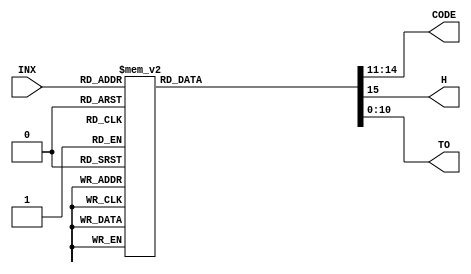
module f_code(
	input  		[3:0]		INX,
	
	output reg	[3:0] 	CODE,
	output reg				H,
	output reg  [10:0] 	TO
);

always @(INX)
begin
	case (INX)			//
		0	:	begin	
					TO	<=	11'H7FF;	
					CODE <= 0;
					H <= 0;
				end
		1	:	begin
					TO	<=	11'H305;	
					CODE <= 1;
					H <= 0;											
				end
		2	:	begin
					TO	<=	11'H390;	
					CODE <= 2;
					H <= 0;											
				end			
		3	:	begin
					TO	<=	11'H40C;	
					CODE <= 3;
					H <= 0;											
				end		
		4	:	begin
					TO	<=	11'H45C;	
					CODE <= 4;
					H <= 0;											
				end
		5	:	begin
					TO	<=	11'H4AD;	
					CODE <= 5;
					H <= 0;											
				end	
		6	:	begin
					TO	<=	11'H50A;	
					CODE <= 6;
					H <= 0;											
				end									
		7	:	begin
					TO	<=	11'H55C;	
					CODE <= 7;
					H <= 0;											
				end	
		8	:	begin
					TO	<=	11'H582;	
					CODE <= 1;
					H <= 1;											
				end
		9	:	begin
					TO	<=	11'H5C8;	
					CODE <= 2;
					H <= 1;											
				end
		10	:	begin
					TO	<=	11'H606;	
					CODE <= 3;
					H <= 1;											
				end	
		11	:	begin
					TO	<=	11'H640;	
					CODE <= 4;
					H <= 1;											
				end	
		12	:	begin
					TO	<=	11'H656;	
					CODE <= 5;
					H <= 1;											
				end	
		13	:	begin
					TO	<=	11'H684;	
					CODE <= 6;
					H <= 1;											
				end
		14	:	begin
					TO	<=	11'H69A;	
					CODE <= 7;
					H <= 1;											
				end		
		15	:	begin
					TO	<=	11'H6C0;	
					CODE <= 1;
					H <= 1;											
				end		
		default : 
				begin
					TO	<=	11'H6C0;	
					CODE <= 1;
					H <= 1;														
				end
	endcase
end
endmodule 
	
//module F_CODE (INX, CODE, H, TO);
//		input [3:0]	INX;
//		output [3:0] CODE;
//		output	H;
//		output 	[10:0] TO;
//		reg	[10:0]	TO;
//		reg	[3:0]	CODE;
//		reg	H;
//		always @(INX)
//				begin
//						case (INX)			//
//								0	:	begin	
//												TO	<=	11'H7FF;	
//												CODE <= 0;
//												H <= 0;
//										end
//								1	:	begin
//												TO	<=	11'H305;	
//												CODE <= 1;
//												H <= 0;											
//										end
//								2	:	begin
//												TO	<=	11'H390;	
//												CODE <= 2;
//												H <= 0;											
//										end			
//								3	:	begin
//												TO	<=	11'H40C;	
//												CODE <= 3;
//												H <= 0;											
//										end		
//								4	:	begin
//												TO	<=	11'H45C;	
//												CODE <= 4;
//												H <= 0;											
//										end
//								5	:	begin
//												TO	<=	11'H4AD;	
//												CODE <= 5;
//												H <= 0;											
//										end	
//								6	:	begin
//												TO	<=	11'H50A;	
//												CODE <= 6;
//												H <= 0;											
//										end									
//								7	:	begin
//												TO	<=	11'H55C;	
//												CODE <= 7;
//												H <= 0;											
//										end	
//								8	:	begin
//												TO	<=	11'H582;	
//												CODE <= 1;
//												H <= 1;											
//										end
//								9	:	begin
//												TO	<=	11'H5C8;	
//												CODE <= 2;
//												H <= 1;											
//										end
//								10	:	begin
//													TO	<=	11'H606;	
//													CODE <= 3;
//													H <= 1;											
//											end	
//								11	:	begin
//													TO	<=	11'H640;	
//													CODE <= 4;
//													H <= 1;											
//											end	
//								12	:	begin
//													TO	<=	11'H656;	
//													CODE <= 5;
//													H <= 1;											
//											end	
//								13	:	begin
//													TO	<=	11'H684;	
//													CODE <= 6;
//													H <= 1;											
//											end
//								14	:	begin
//													TO	<=	11'H69A;	
//													CODE <= 7;
//													H <= 1;											
//											end		
//								15	:	begin
//													TO	<=	11'H6C0;	
//													CODE <= 1;
//													H <= 1;											
//											end		
//								default : 
//											begin
//													TO	<=	11'H6C0;	
//													CODE <= 1;
//													H <= 1;														
//											end
//						endcase
//				end
//endmodule